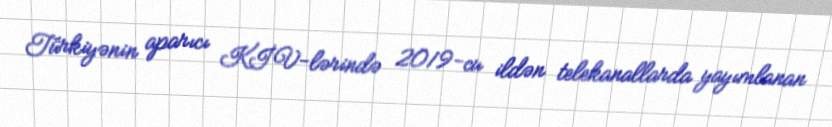
Türkiyənin aparıcı KİV-lərində 2019-cu ildən telekanallarda yayımlanan